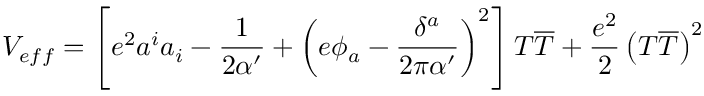
V _ { e f f } = \left[ e ^ { 2 } a ^ { i } a _ { i } - \frac { 1 } { 2 \alpha ^ { \prime } } + \left( e \phi _ { a } - \frac { \delta ^ { a } } { 2 \pi \alpha ^ { \prime } } \right) ^ { 2 } \right] T \overline { { { T } } } + \frac { e ^ { 2 } } { 2 } \left( T \overline { { { T } } } \right) ^ { 2 }